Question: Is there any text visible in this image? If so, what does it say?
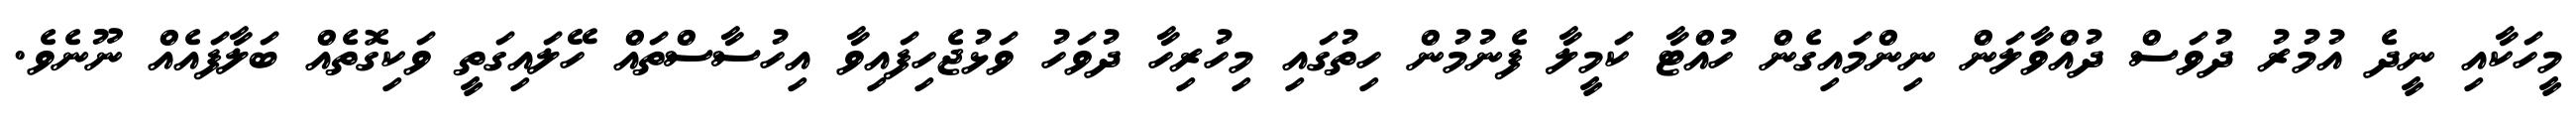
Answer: މީހަކާއި ނީދެ އުމުރު ދުވަސް ދުއްވާލަން ނިންމައިގެން ހުއްޓާ ކަމީލާ ފެނުމުން ހިތުގައި މިހުރިހާ ދުވަހު ވަޅުޖެހިފައިވާ އިހުސާސްތައް ހޭލައިގަތީ ވަކިގޮތެއް ބަލާފައެއް ނޫނެވެ.